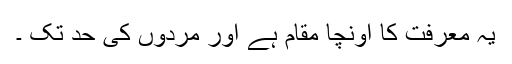
یہ معرفت کا اونچا مقام ہے اور مردوں کی حد تک ۔